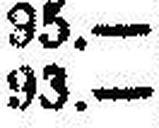
93.—